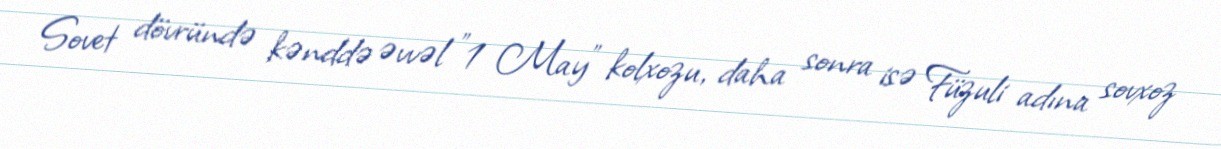
Sovet dövründə kənddə əvvəl "1 May" kolxozu, daha sonra isə Füzuli adına sovxoz